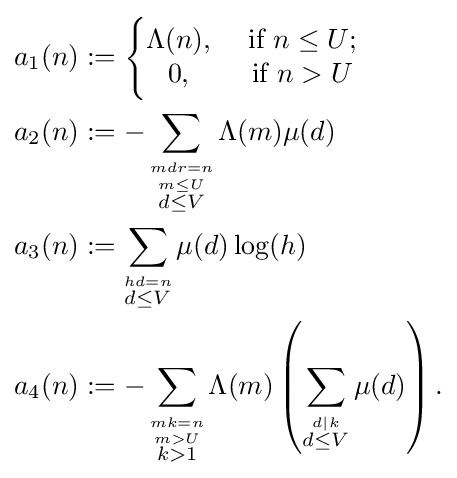
{\begin{aligned}a_{1}(n)&:={\Biggl \{}{\begin{matrix}\Lambda (n),&{\text{ if }}n\leq U;\\0,&{\text{ if }}n>U\end{matrix}}\\a_{2}(n)&:=-\sum _{\stackrel {mdr=n}{\stackrel {m\leq U}{d\leq V}}}\Lambda (m)\mu (d)\\a_{3}(n)&:=\sum _{\stackrel {hd=n}{d\leq V}}\mu (d)\log(h)\\a_{4}(n)&:=-\sum _{\stackrel {mk=n}{\stackrel {m>U}{k>1}}}\Lambda (m)\left(\sum _{\stackrel {d|k}{d\leq V}}\mu (d)\right).\end{aligned}}